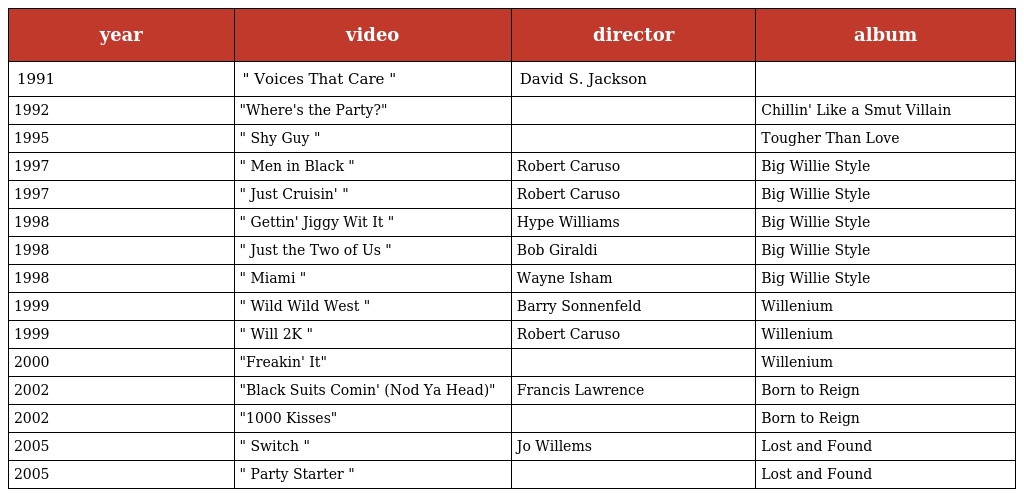
| year | video | director | album |
 | --- | --- | --- | --- |
 | 1991 | " Voices That Care " | David S. Jackson |  |
 | 1992 | "Where's the Party?" |  | Chillin' Like a Smut Villain |
 | 1995 | " Shy Guy " |  | Tougher Than Love |
 | 1997 | " Men in Black " | Robert Caruso | Big Willie Style |
 | 1997 | " Just Cruisin' " | Robert Caruso | Big Willie Style |
 | 1998 | " Gettin' Jiggy Wit It " | Hype Williams | Big Willie Style |
 | 1998 | " Just the Two of Us " | Bob Giraldi | Big Willie Style |
 | 1998 | " Miami " | Wayne Isham | Big Willie Style |
 | 1999 | " Wild Wild West " | Barry Sonnenfeld | Willenium |
 | 1999 | " Will 2K " | Robert Caruso | Willenium |
 | 2000 | "Freakin' It" |  | Willenium |
 | 2002 | "Black Suits Comin' (Nod Ya Head)" | Francis Lawrence | Born to Reign |
 | 2002 | "1000 Kisses" |  | Born to Reign |
 | 2005 | " Switch " | Jo Willems | Lost and Found |
 | 2005 | " Party Starter " |  | Lost and Found |